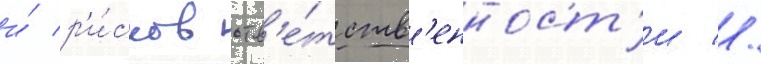
и́ р'и́сков отв'е́тств'енност'и //